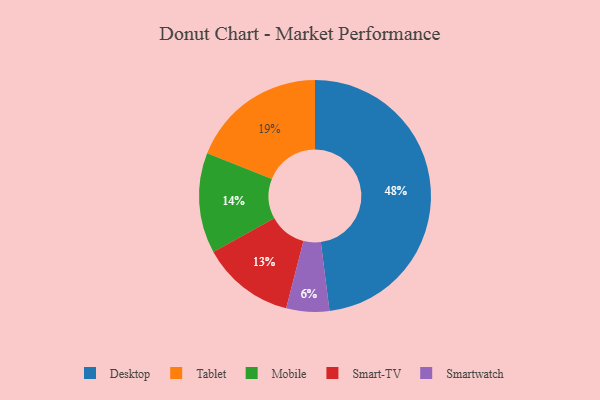
{"axis": {"x": "Category", "y": "Percentage"}, "legend": ["Desktop", "Mobile", "Smart-TV", "Smartwatch", "Tablet"], "data": [{"x": "Desktop", "y": 48, "type": "Desktop"}, {"x": "Tablet", "y": 19, "type": "Tablet"}, {"x": "Smart-TV", "y": 13, "type": "Smart-TV"}, {"x": "Mobile", "y": 14, "type": "Mobile"}, {"x": "Smartwatch", "y": 6, "type": "Smartwatch"}]}